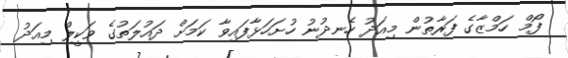
ފޯމް ހަމްޒާގެ ފަރާތުން މިއަދު ހެނދުނު ހުށަހަޅާފައިވާ ކަމަށް ދައުލަތުގެ ވަކީލް މިއަދު